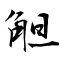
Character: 觛